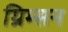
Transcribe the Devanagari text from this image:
ग्रिम्सन